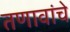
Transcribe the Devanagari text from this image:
तणावांचे